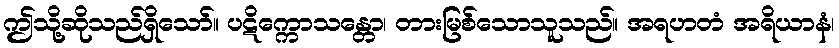
ဤသို့ဆိုသည်ရှိသော်။ ပဋိက္ကောသန္တော၊ တားမြစ်သောသူသည်။ အရဟတံ အရိယာနံ၊